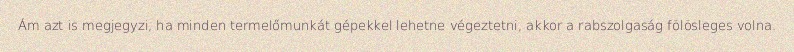
Ám azt is megjegyzi, ha minden termelőmunkát gépekkel lehetne végeztetni, akkor a rabszolgaság fölösleges volna.